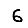
Digit: 6